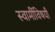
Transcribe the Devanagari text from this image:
स्वामींविषयी